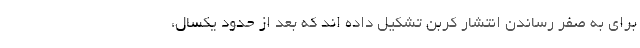
برای به صفر رساندن انتشار کَربُن تشکیل داده ­اند که بعد از حدود یکسال،